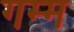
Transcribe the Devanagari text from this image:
गम्म